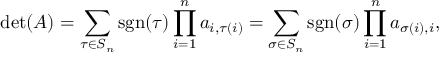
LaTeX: \operatorname* { d e t } ( A ) = \sum _ { \tau \in S _ { n } } \operatorname { s g n } ( \tau ) \prod _ { i = 1 } ^ { n } a _ { i , \tau ( i ) } = \sum _ { \sigma \in S _ { n } } \operatorname { s g n } ( \sigma ) \prod _ { i = 1 } ^ { n } a _ { \sigma ( i ) , i } ,